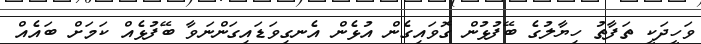
ވަހީދަކީ ތަފާތު ހިޔާލުގެ ބޭފުޅުން ގޮވައިގެން އުޅެން އެނގިވަޑައިގަންނަވާ ބޭފުޅެއް ކަމަށް ބައެއް